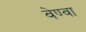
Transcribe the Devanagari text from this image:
वेण्वा